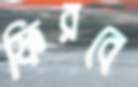
ফিরবে